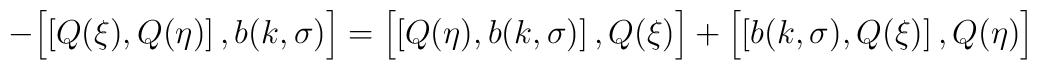
- \Bigl[ \left[ Q(\xi) , Q(\eta) \right] , b (k, \sigma) \Bigr] = \Bigl[    \left[ Q(\eta) , b (k, \sigma) \right] , Q(\xi) \Bigr] + \Bigl[ \left[ b    (k, \sigma) , Q(\xi) \right] , Q(\eta) \Bigr]